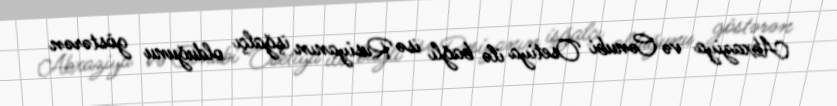
Abxaziya və Cənubi Osetiya ilə bağlı isə Rusiyanın işğalçı olduğunu göstərən